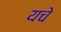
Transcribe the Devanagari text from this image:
यचे